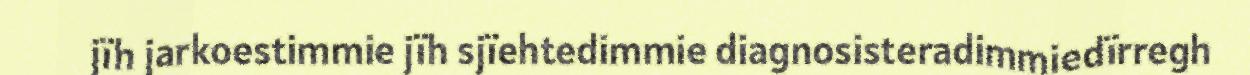
jïh jarkoestimmie jïh sjïehtedimmie diagnosisteradimmiedïrregh